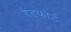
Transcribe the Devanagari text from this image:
रैडफोर्ड